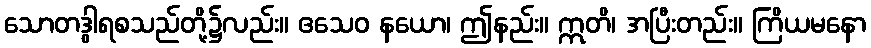
သောတဒွါရစသည်တို့၌လည်း။ ဧသေဝ နယော၊ ဤနည်း။ ဣတိ၊ အပြီးတည်း။ ကြိယမနော